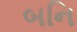
બનિ